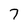
Character: 7